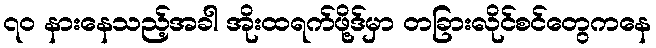
၇၀ နားနေသည့်အခါ အိုးထရက်ဖို့ဒ်မှာ တခြားလိုင်စင်တွေကနေ